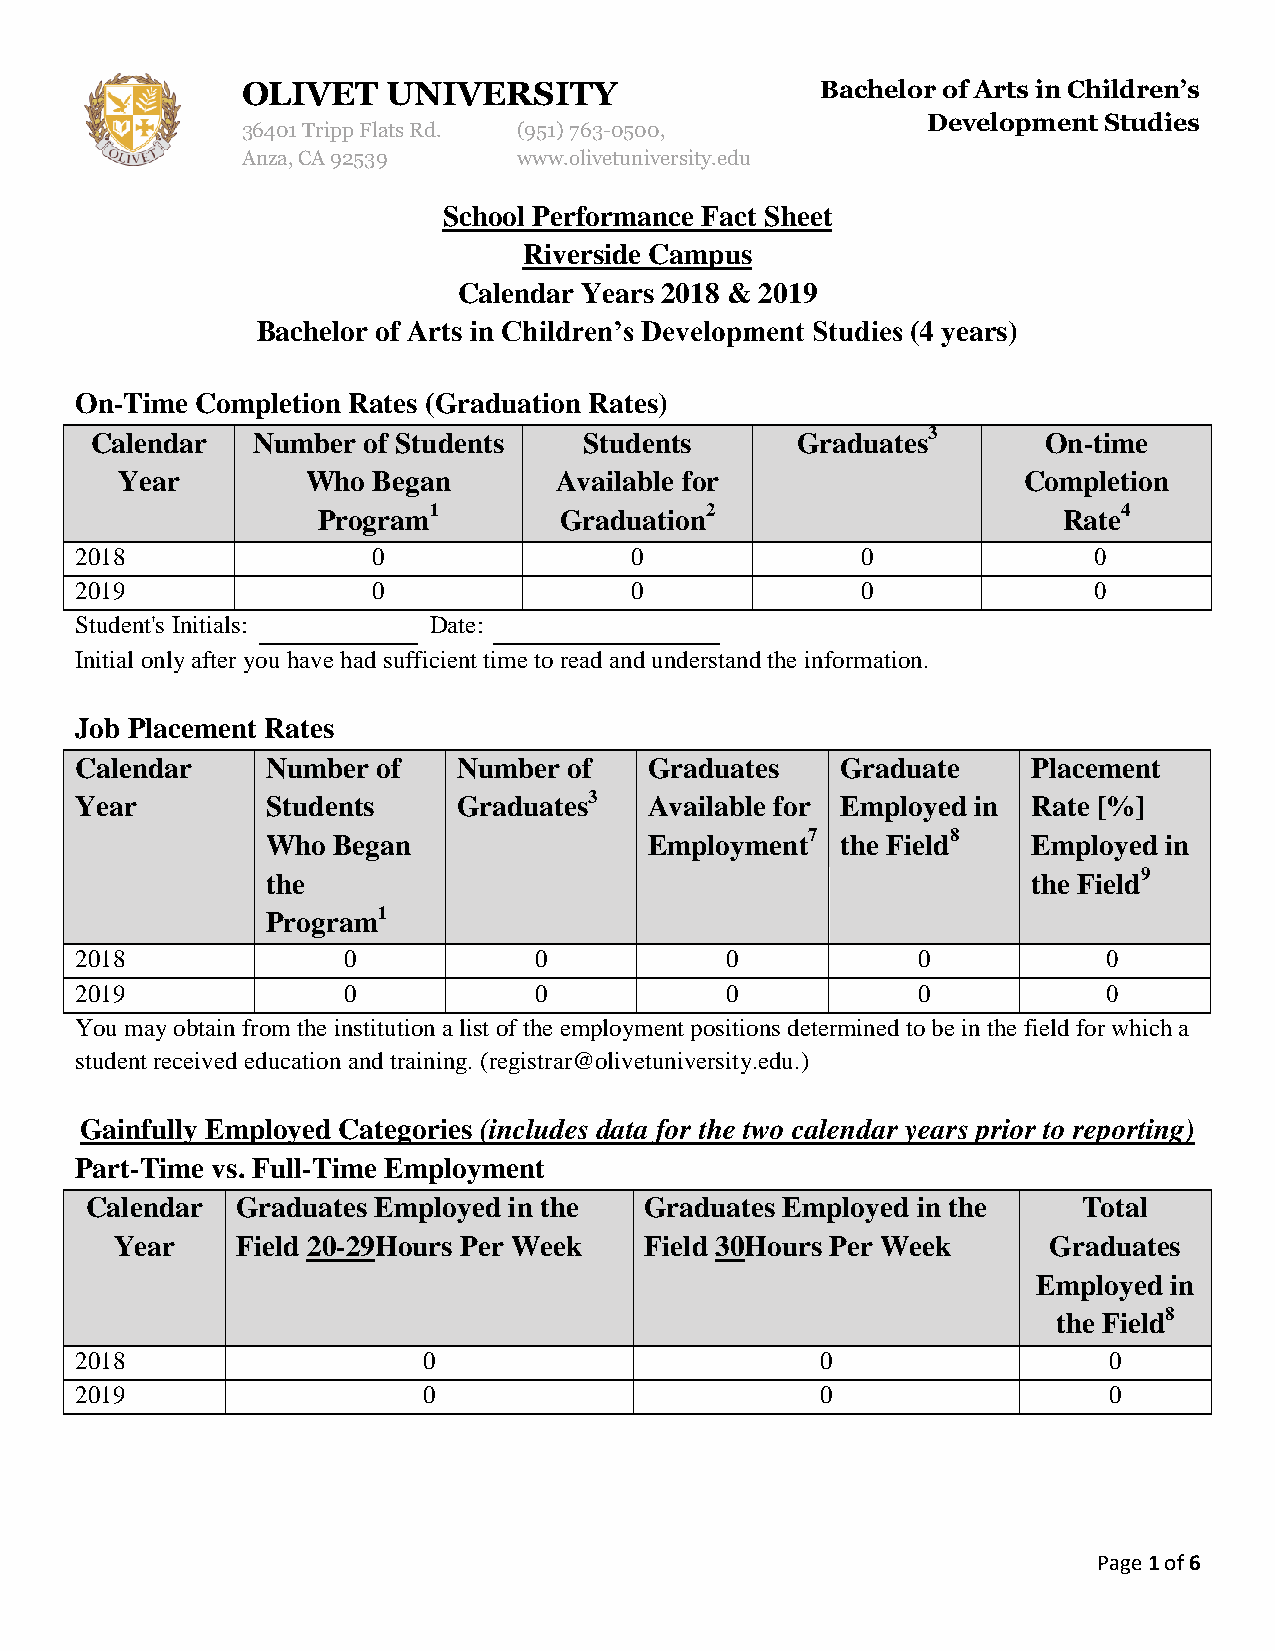
OLIVET    UNIVERSITY                  Bachelor of Arts in Children’s
 Development Studies
 36401 Tripp Flats Rd. (951)763-0500,
 Anza, CA 92539    www.olivetuniversity.edu
 School Performance Fact Sheet
 Riverside Campus
 Calendar Years 2018 & 2019
 Bachelor of Arts in Children’s Development Studies (4 years)
 On-Time Completion Rates (Graduation Rates)
 Calendar   Number of Students    Students      Graduates3      On-time
 Year        Who  Began       Available for                  Completion
 Program1        Graduation2                      Rate4
 2018                0                0              0              0
 2019                0                0              0              0
 Student's Initials:    Date:
 Initial only after you have had sufficient time to read and understand the information.
 Job Placement Rates
 Calendar     Number of   Number  of   Graduates    Graduate    Placement
 Year         Students    Graduates3   Available for Employed in Rate [%]
 Who Began                Employment7  the Field8  Employed in
 the                                               the Field9
 Program1
 2018              0           0            0            0           0
 2019              0           0            0            0           0
 You may obtain from the institution a list of the employment positions determined to be in the field for which a
 student received education and training. (registrar@olivetuniversity.edu.)
 Gainfully Employed Categories (includes data for the two calendar years prior to reporting)
 Part-Time vs. Full-Time Employment
 Calendar  Graduates Employed in the  Graduates Employed in the    Total
 Year    Field 20-29Hours Per Week  Field 30Hours Per Week    Graduates
 Employed in
 the Field8
 2018                   0                         0                  0
 2019                   0                         0                  0
 Page 1 of 6